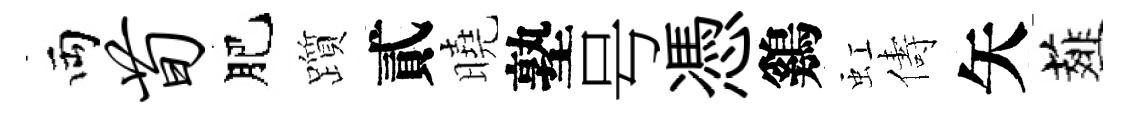
両荀肥躓貳曉塾号憑鷄虹儔矢薤